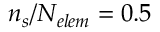
\ensuremath { n _ { s } } / \ensuremath { N _ { e l e m } } = 0 . 5 \